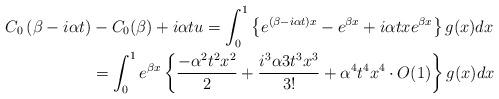
LaTeX: \begin{align*} C_0\left(\beta-i \alpha t\right)&-C_0(\beta) + i\alpha t u=\int_0^1\left\{e^{(\beta-i\alpha t)x}-e^{\beta x}+i \alpha t x e^{\beta x}\right\} g(x) dx \\ &=\int_0^1 e^{\beta x}\left\{\frac{-\alpha^2 t^2 x^2}{2}+\frac{i^3 \alpha3 t^3 x^3}{3!}+\alpha^4 t^4 x^4\cdot O(1)\right\} g(x) dx \end{align*}